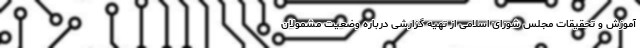
آموزش و تحقیقات مجلس شورای اسلامی از تهیه گزارشی درباره وضعیت مشمولان